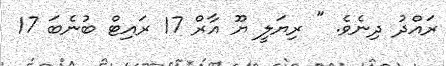
ރައްދު ދިނެވެ. " ރިޔަލީ ޔޫ އާރް 17 ރައިޓް ބުނެބަ 17